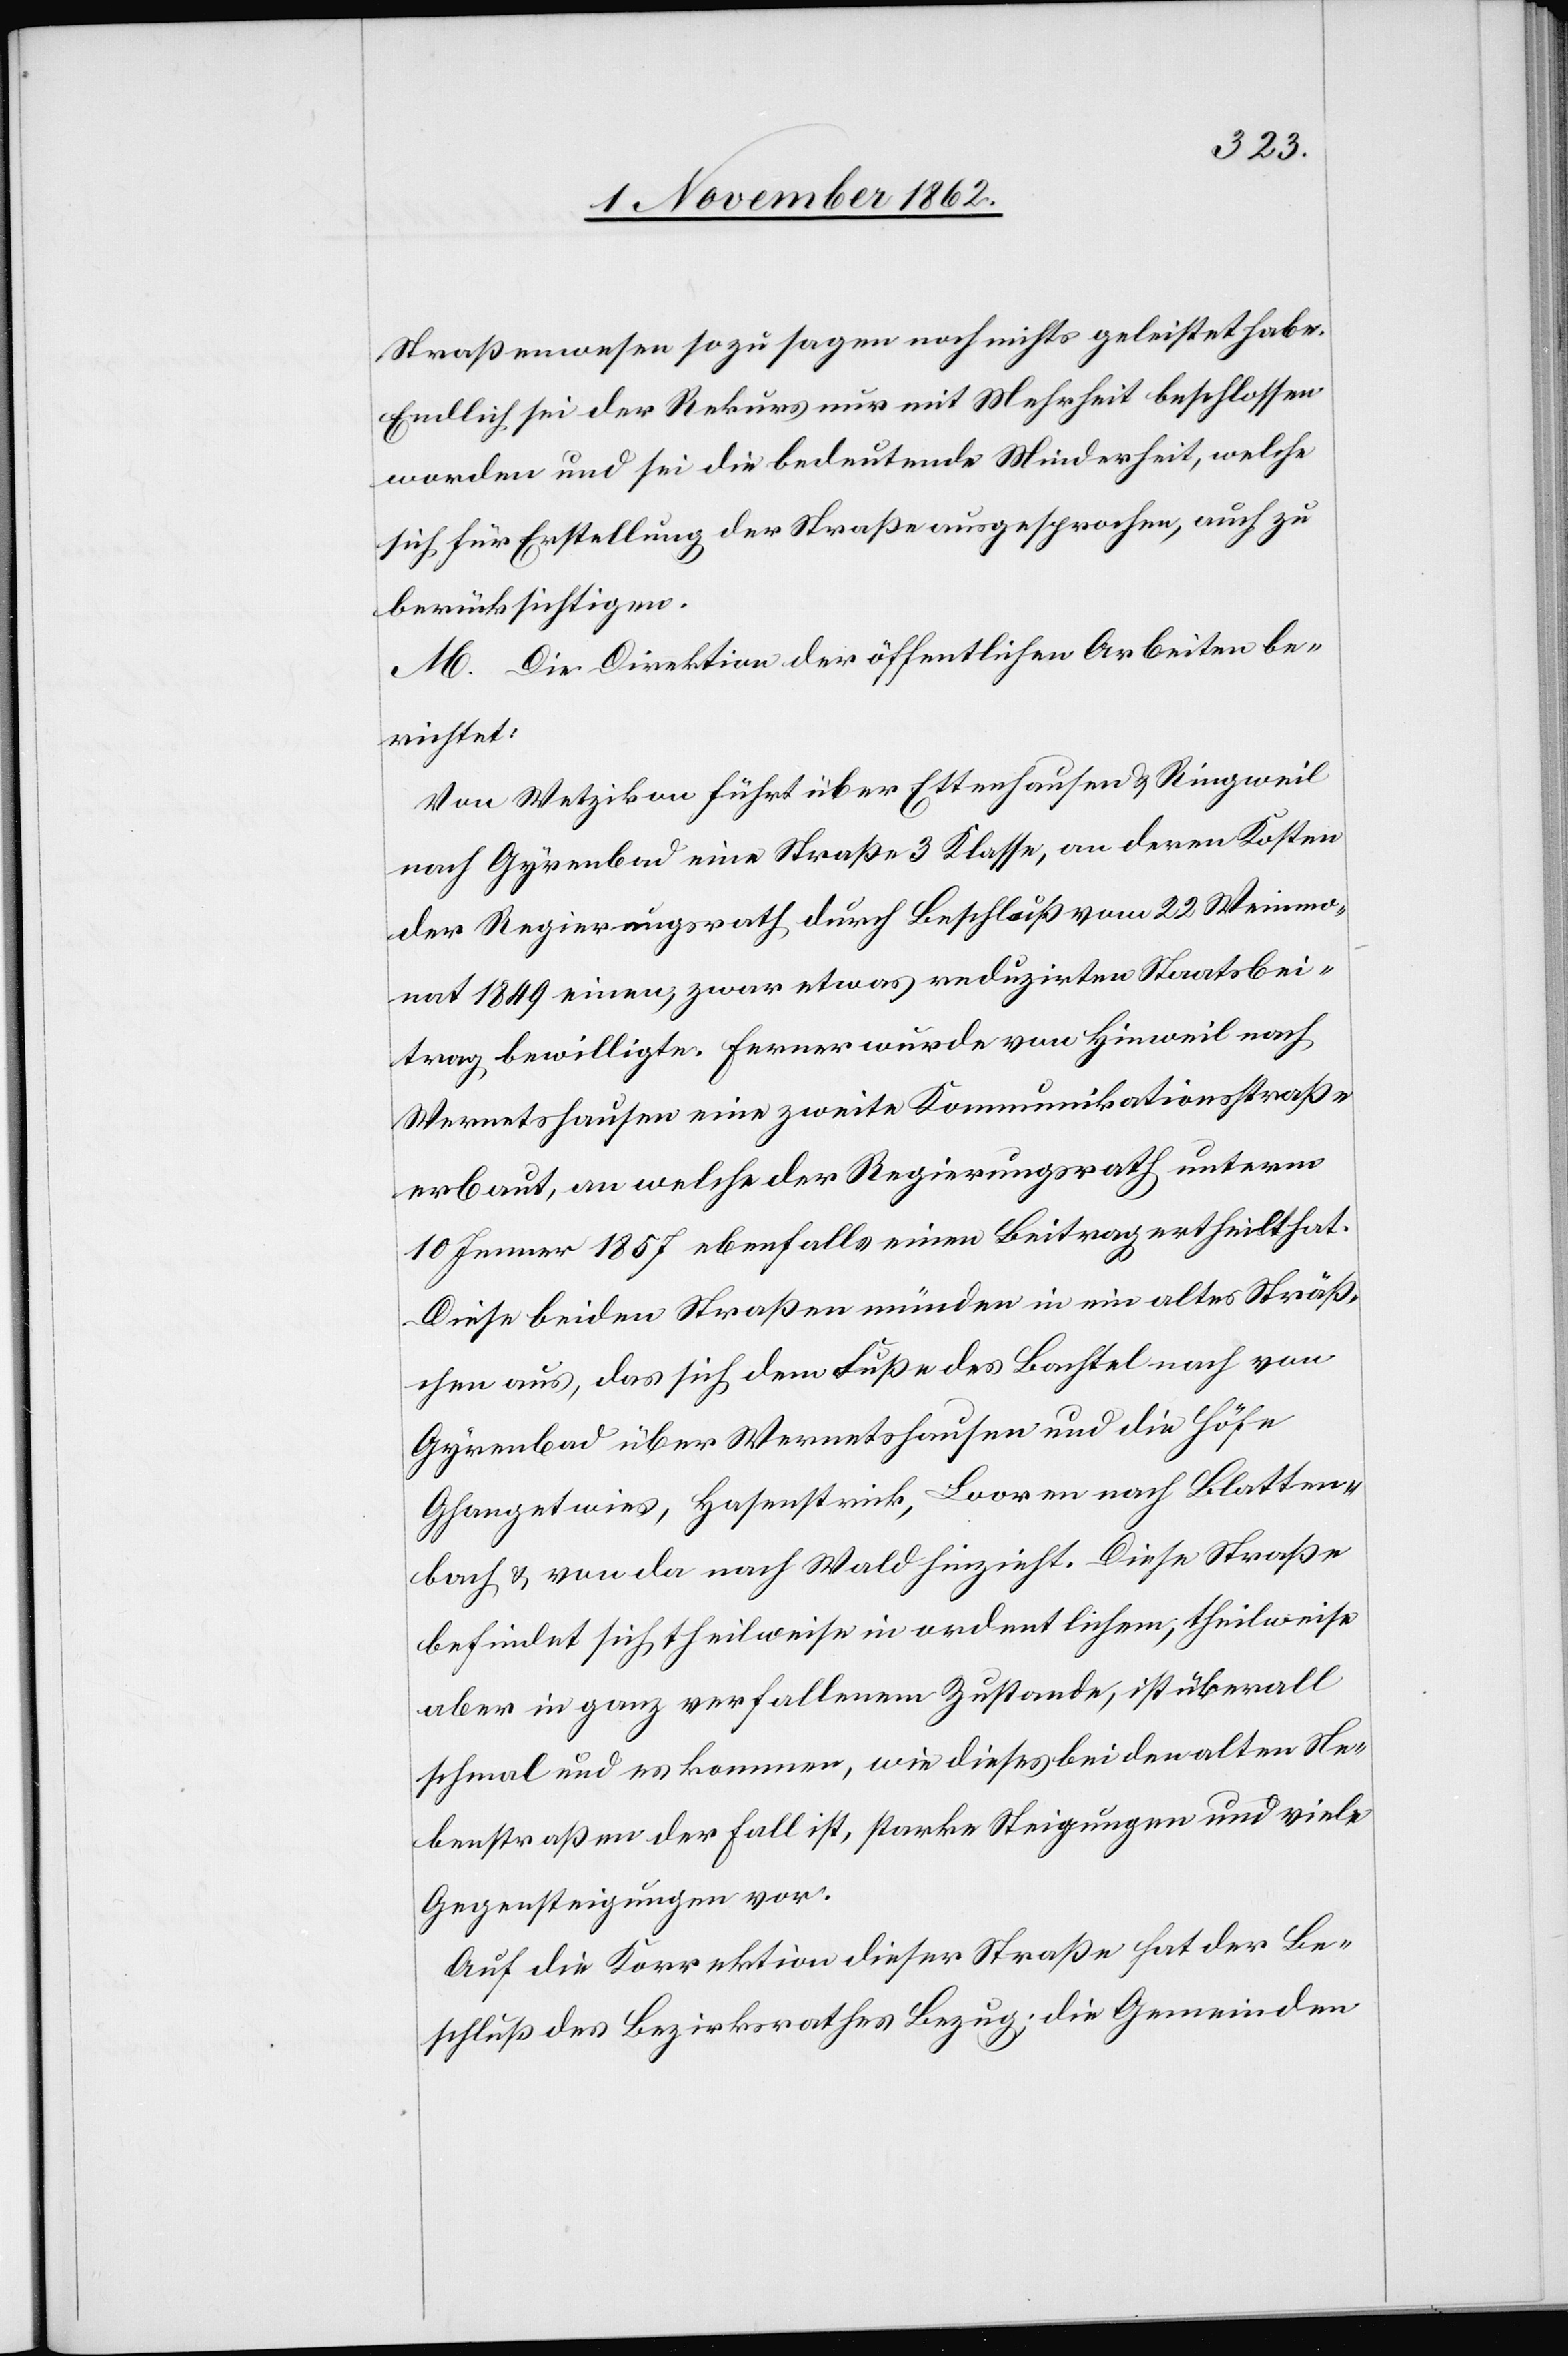
Straßenwesen sozusagen noch nichts geleistet habe.
Endlich sei der Rekurs nur mit Mehrheit beschlossen
worden und sei die bedeutende Minderheit, welche
sich für Erstellung der Straßen ausgesprochen, auch zu
berücksichtigen.
M. Die Direktion der öffentlichen Arbeiten be¬
richtet:
Von Wetzikon führt über Ettenhausen u. Ringeil
nach Gyrenbad eine Straße 3. Klasse, an deren Kosten
der Regierungsrath durch Beschluß vom 22. Weinmo¬
nat 1849 einen, zwar etwas reduzirten Staatsbei¬
trag bewilligte. Ferner wurde von Hinweil nach
Wernetshausen eine zweite Kommunikationsstraße
erbaut, an welche der Regierungsrath unterm
10. Jenner 1857 ebenfalls einen Beitrag ertheilt hat.
Diese beiden Straßen münden in ein altes Sträß¬
chen aus, das sich dem Fuße des Bachtel nach von
Gyrenbad über Wernetshausen und die Höfe
Ghangetwies, Hasenstrick, Looren nach Blatten¬
bach u. von da nach Wald hinzieht. Diese Straße
befindet sich theilweise in ordentlichem, theilweise
aber in ganz verfallenem Zustande, ist überall
schmal und es kommen, wie dieses bei den alten Ne¬
benstraßen der Fall ist, starke Steigungen und viele
Gegensteigungen vor.
Auf die Korrektion dieser Straße hat der Be¬
schluß des Bezirksrathes Bezug; die Gemeinden